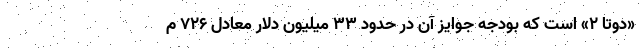
«دوتا ۲» است که بودجه جوایز آن در حدود ۳۳ میلیون دلار معادل ۷۲۶ م